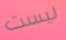
ليست